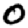
Digit: 0